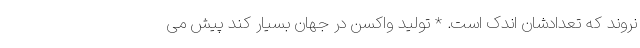
نروند که تعدادشان اندک است. * تولید واکسن در جهان بسیار کند پیش می